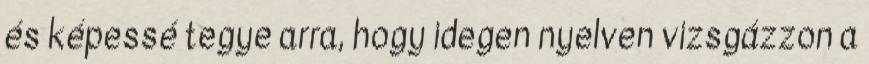
és képessé tegye arra, hogy idegen nyelven vizsgázzon a